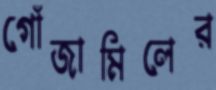
গোঁজামিলের